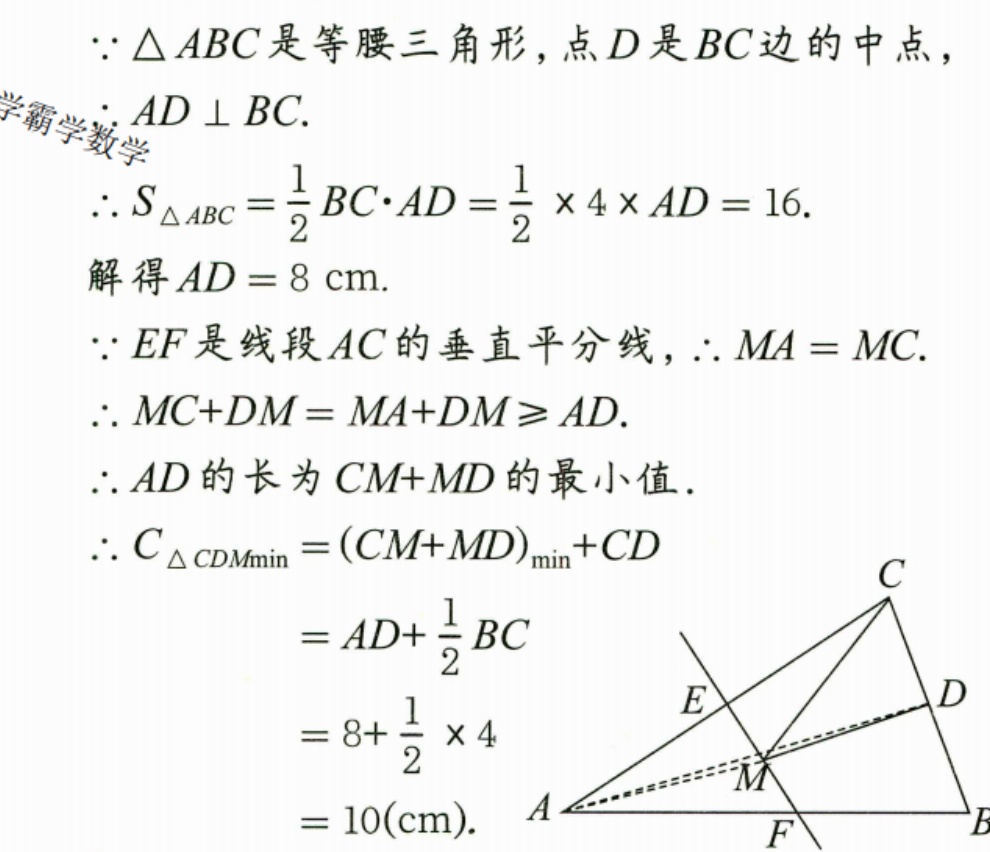
\(\because\triangle ABC\)是等腰三角形，点\(D\)是\(BC\)边的中点，
\(\therefore AD\perp BC\).
\(\therefore S_{\triangle ABC}=\frac{1}{2}BC\cdot AD=\frac{1}{2}\times4\times AD = 16\).
解得\(AD = 8\mathrm{cm}\).
\(\because EF\)是线段\(AC\)的垂直平分线，\(\therefore MA = MC\).
\(\therefore MC + DM=MA + DM\geq AD\).
\(\therefore AD\)的长为\(CM + MD\)的最小值.
\(\therefore C_{\triangle CDM\min}=(CM + MD)_{\min}+CD\)
\(=AD+\frac{1}{2}BC\)
\(=8+\frac{1}{2}\times4\)
\(=10(\mathrm{cm})\).